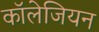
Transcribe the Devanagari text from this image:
कॉलेजियन